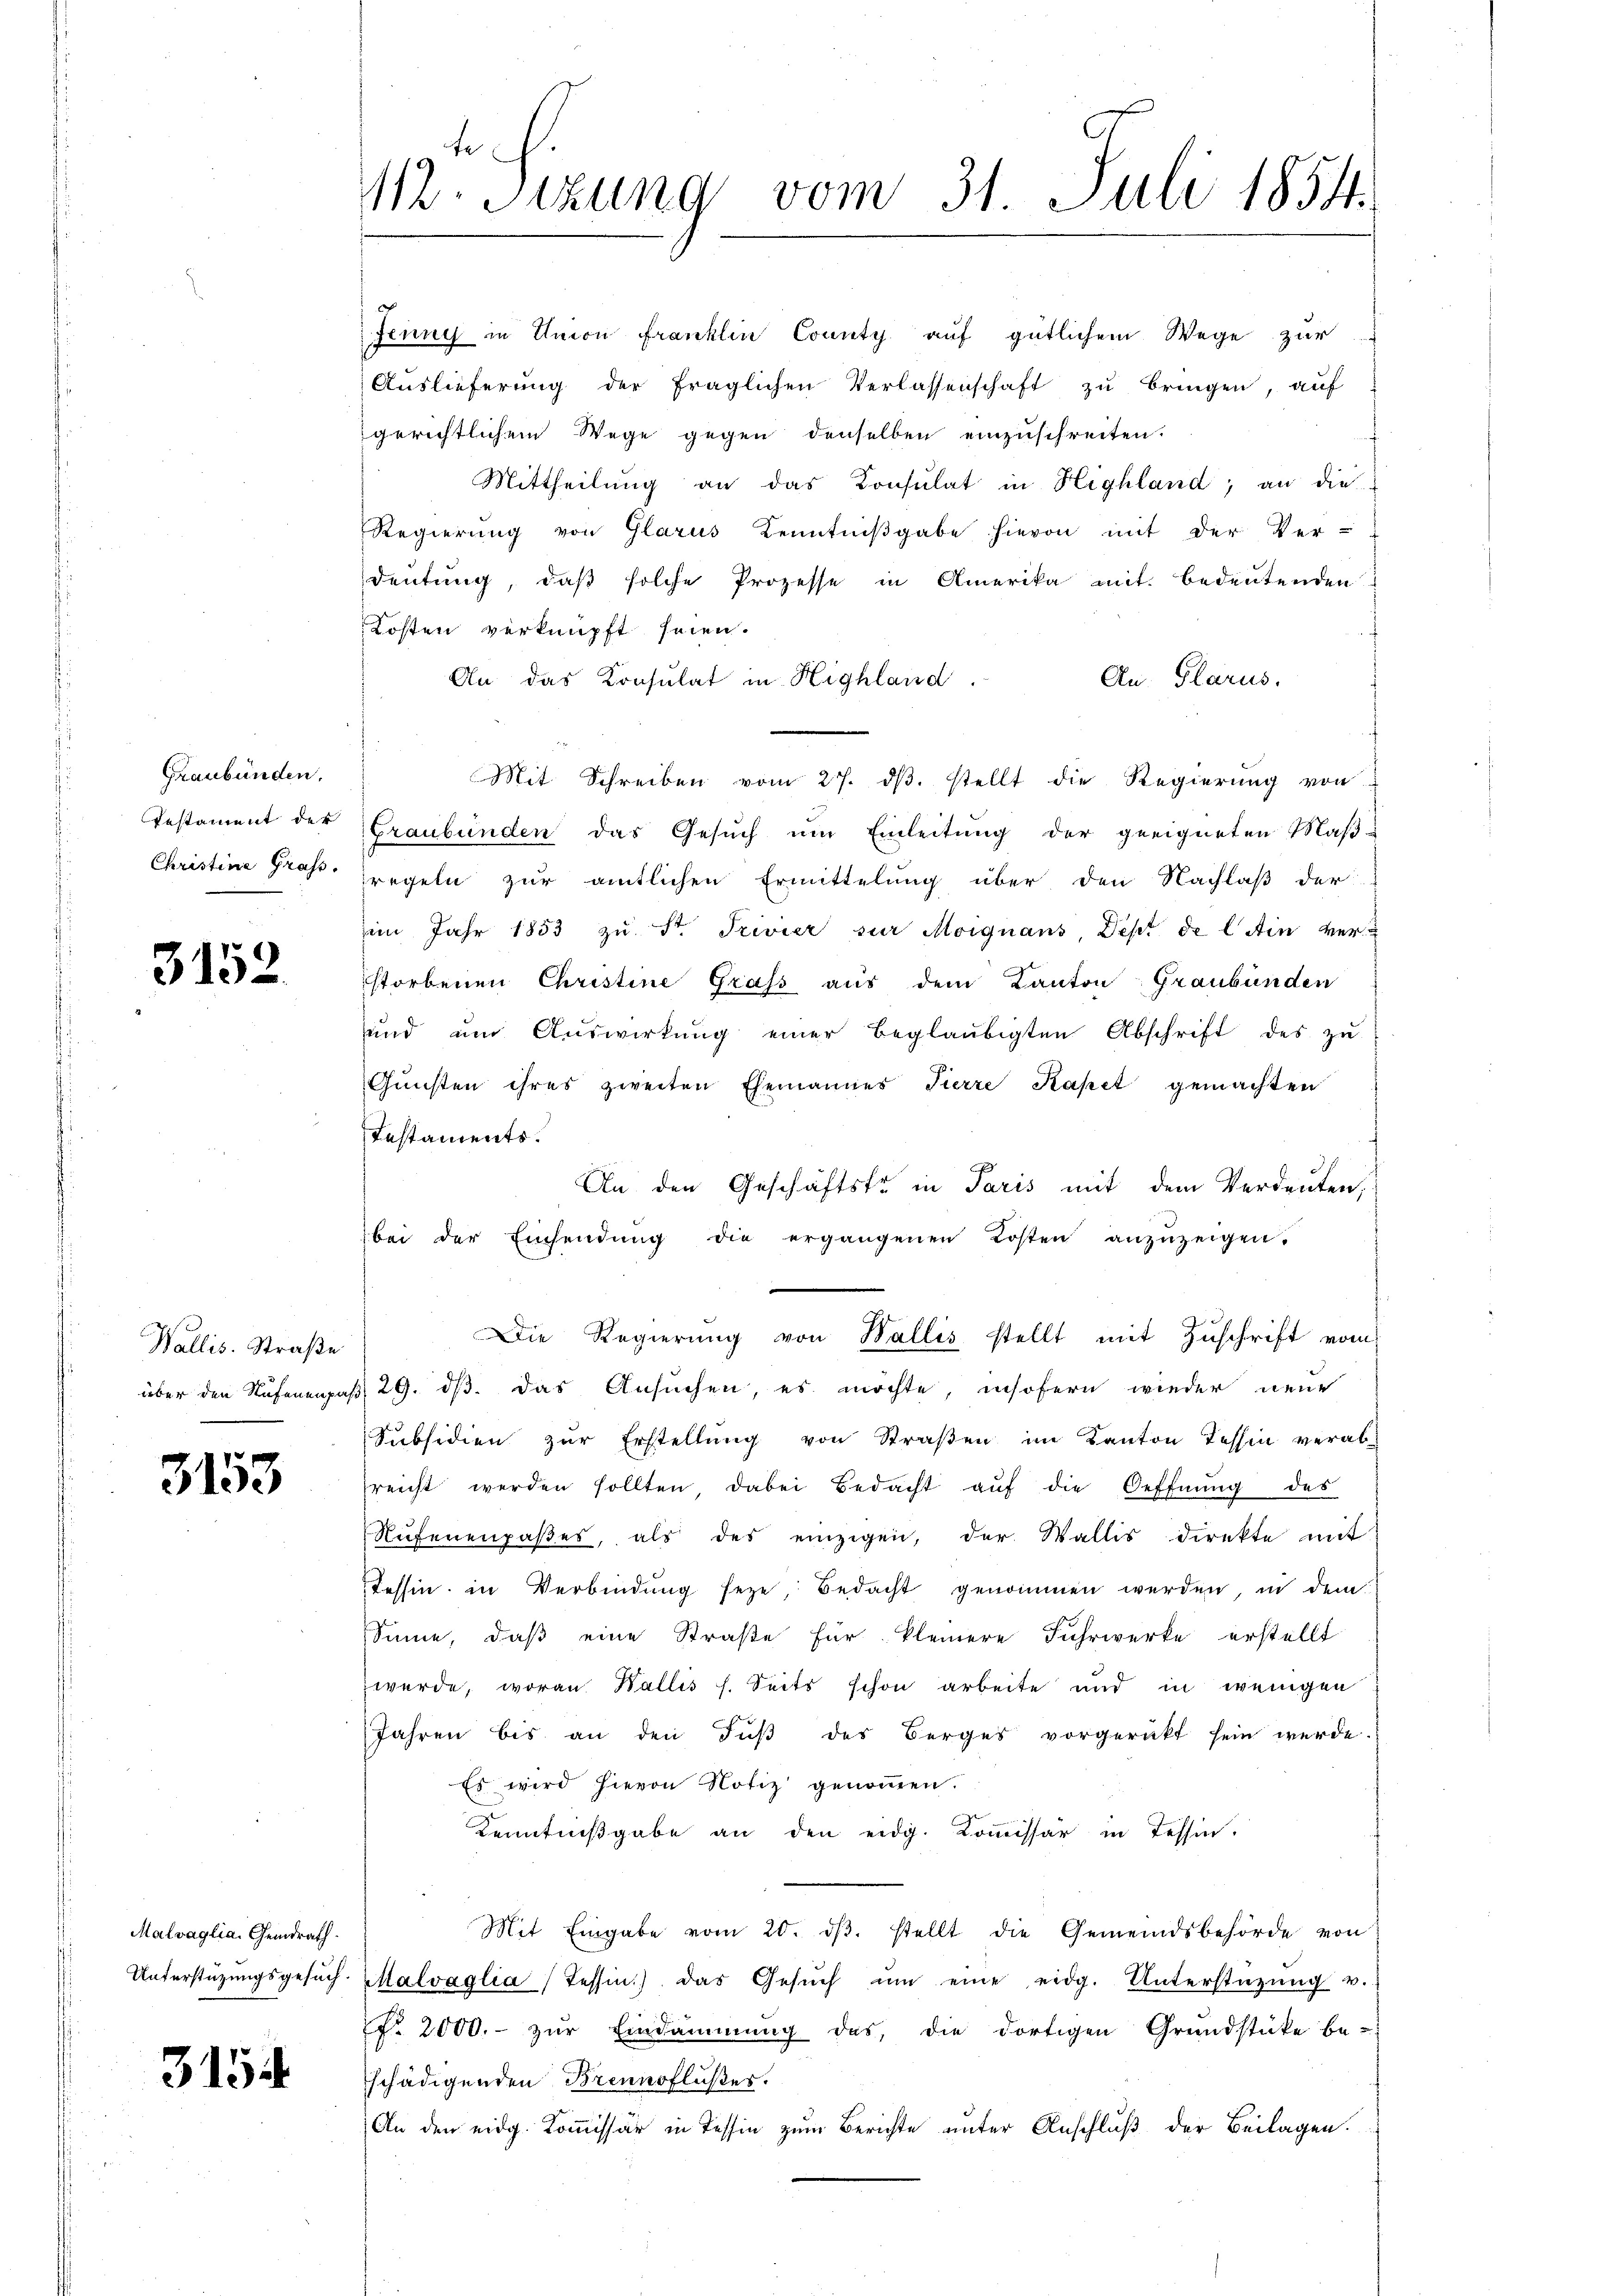
Graubünden.
Testament der
Christine Grafs

3152

Wallis. Straße

3153

Malvaglia, Gemdrath.
Unterstüzungsgesuch.

3154

112. Sitzung vom 31. Juli 1854.

Jenny in Union franklin County aŭf gütlichem Wege zur
Auslieferung der fraglichen Verlassenschaft zu bringen, auf
gerichtlichem Wege gegen denselben einzuschreiten.
Mittheilŭng an das Konsulat in Highland, an die
Regierung von Glarus Kenntniβgabe hievon mit der Ver-
deutung, daß solche Prozesse in Amerika mit bedeutenden
Kosten verknüpft seien.
An. Glarus.
An das Konsulat in Highland.
Mit Schreiben vom 27. dβ. stellt die Regierung von
Graubünden das Gesŭch ŭm Einleitung der geeigneten Maβ-
regeln zur amtlichen Ermittelung über den Nachlaß der
im Jahr 1853 zŭ St. Trivier zur Moignans, Dept de l Ain verstorbenen Christine Grass aus dem Kanton Graubünden
ŭnd ŭm Aŭswirkŭng einer beglaubigten Abschrift des zŭ
Gunsten ihres zweiten Ehemannes Tierze Kapet gemachten
Testaments.
An den Geschäftstr in Paris mit dem Verdeuten,
bei der Einsendŭng die ergangenen Kosten anzuzeigen.
Die Regierung von Wallis stellt mit Zuschrift vom
über den Rufenenpaß, 29. ds. das Ansuchen, es möchte, insofern wieder neue
Subsidien zŭr Erstellŭng von Straβen im Kanton Tessin verab-
reicht werden sollten dabei Bedacht aŭf die Oeffnŭng des
Aŭfenenpaβes, als des einzigen, der Wallis direkte mit
Tessin in Verbindung seze Bedacht genommen werden, in dem
Sinne, daß eine Straße für kleinere Fuhrwerke erstellt
werde, woran Wallis s. Seits schon arbeite und in wenigen
Jahren bis an den Fŭβ des Berges vorgerückt sein werde.
Es wird hievon Notiz genommen.
Kenntniβgabe an den eidg. Koṁissär in Tessin.
Mit Eingabe vom 20. dβ. stellt die Gemeindsbehörde von
Malvaglia (Tessin) das Gesŭch ŭm eine eidg. Unterstützŭng v.
Nr. 2000.- zŭr Eindammung das, die dortigen Grundstücke be-
schädigenden Brennflußes.
An den eidg. Kommissär in Tessin zum Berichte unter Anschluß der Beilagen.